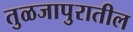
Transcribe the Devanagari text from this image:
तुळजापुरातील